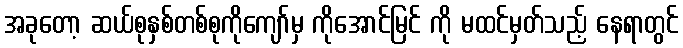
အခုတော့ ဆယ်စုနှစ်တစ်စုကိုကျော်မှ ကိုအောင်မြင် ကို မထင်မှတ်သည့် နေရာတွင်